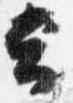
云